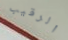
الرقيب